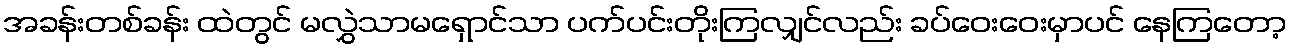
အခန်းတစ်ခန်း ထဲတွင် မလွှဲသာမရှောင်သာ ပက်ပင်းတိုးကြလျှင်လည်း ခပ်ဝေးဝေးမှာပင် နေကြတော့